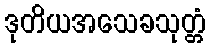
ဒုတိယအသေခသုတ္တံ